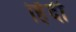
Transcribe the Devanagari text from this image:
हिंंदी